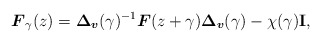
\begin{align*} \boldsymbol{F}_\gamma(z) = \boldsymbol{\Delta}_{\boldsymbol v}(\gamma)^{-1}\boldsymbol{F}(z+\gamma)\boldsymbol{\Delta}_{\boldsymbol v}(\gamma) - \chi(\gamma)\mathbf{I}, \end{align*}